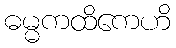
ဓမ္မကထိကေဟိ